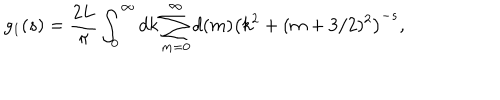
LaTeX: g _ { 1 } ( s ) = \frac { 2 L } { \pi } \int _ { 0 } ^ { \infty } d k \sum _ { m = 0 } ^ { \infty } d ( m ) \left( k ^ { 2 } + ( m + 3 / 2 ) ^ { 2 } \right) ^ { - s } ,